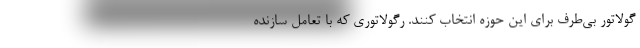
گولاتور بی‌طرف برای این حوزه انتخاب کنند. رگولاتوری که با تعامل سازنده